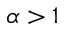
\alpha > 1